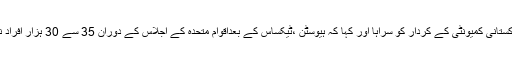
پاکستانی سفیر نے کشمیریوں سے اظہار یکجہتی میںپاکستانی کمیونٹی کے کردار کو سراہا اور کہا کہ ہیوسٹن ،ٹیکساس کے بعداقوام متحدہ کے اجلاس کے دوران 35 سے 30 ہزار افراد نے نیو یارک میں جواحتجاج کیا اس کی مثال نہیں ملتی۔